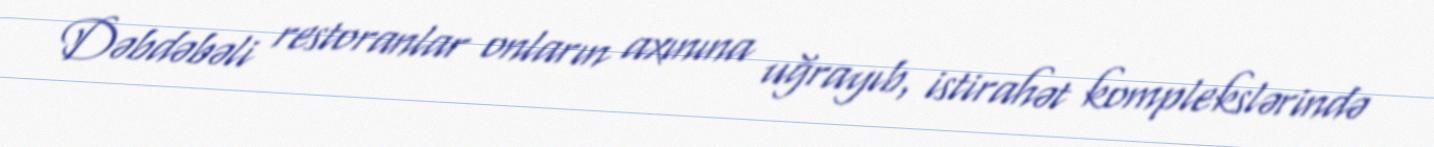
Dəbdəbəli restoranlar onların axınına uğrayıb, istirahət komplekslərində